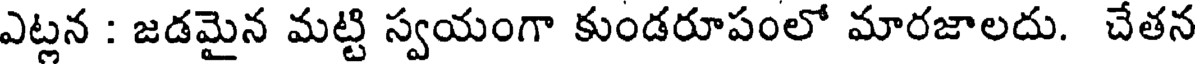
ఎట్లన : జడమైన మట్టి స్వయంగా కుండరూపంలో మారజాలదు. చేతన